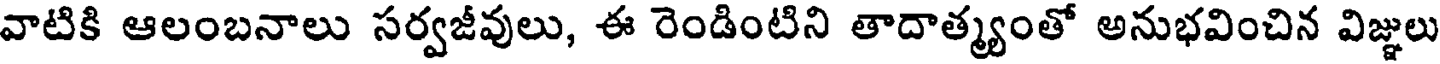
వాటికి ఆలంబనాలు సర్వజీవులు, ఈ రెండింటిని తాదాత్మ్యంతో అనుభవించిన విజ్ఞులు